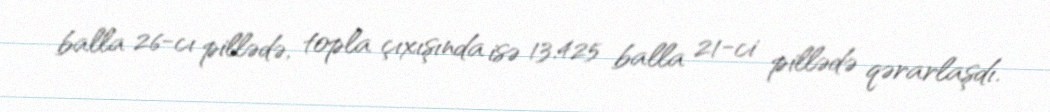
balla 26-cı pillədə, topla çıxışında isə 13.425 balla 21-ci pillədə qərarlaşdı.